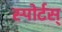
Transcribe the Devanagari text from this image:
स्पोर्टस्‌